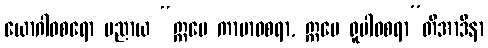
ယောဂါဝစရော ပညာယ “ဣမေ ကာမာဝစရာ, ဣမေ ရူပါဝစရာ”တိအာဒိနာ